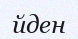
йден